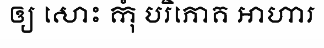
ឲ្យ សោះ កុំ បរិភោគ អាហារ